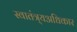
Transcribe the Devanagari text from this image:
स्वातंत्र्यअधिकार